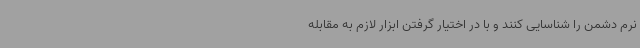
نرم دشمن را شناسایی کنند و با در اختیار گرفتن ابزار لازم به مقابله